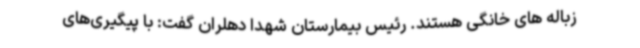
زباله های خانگی هستند. رئیس بیمارستان شهدا دهلران گفت: با پیگیری‌های